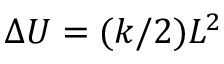
\Delta U = ( k / 2 ) L ^ { 2 }